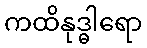
ကထိနုဒ္ဓါရော